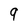
Character: 9